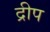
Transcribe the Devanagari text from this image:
द्रीप